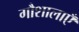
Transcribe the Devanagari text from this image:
गौशालाएँ